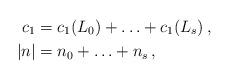
LaTeX: \begin{align*}c_1& = c_1(L_0)+\ldots+c_1(L_s)\,, \\|n|& = n_0+\ldots+n_s\,,\end{align*}